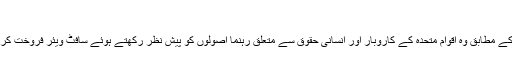
‘‘
گروپ کے مطابق وہ اقوام متحدہ کے کاروبار اور انسانی حقوق سے متعلق رہنما اصولوں کو پیش نظر رکھتے ہوئے سافٹ ویئر فروخت کرتے ہیں۔